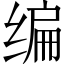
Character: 编